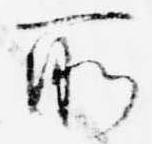
所